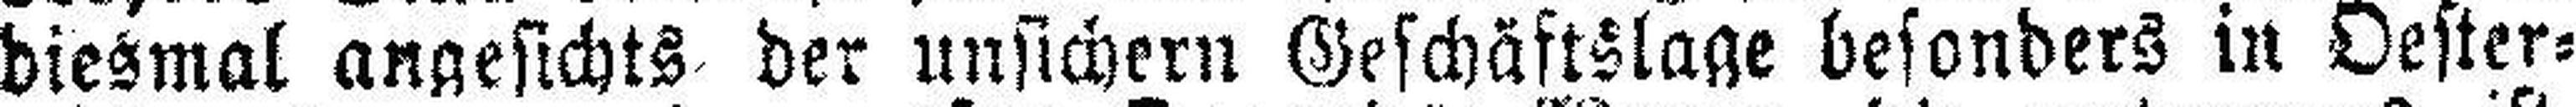
diesmal angesichts der unsichern Geschäftslage besonders in Oester¬